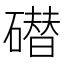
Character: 𰧢